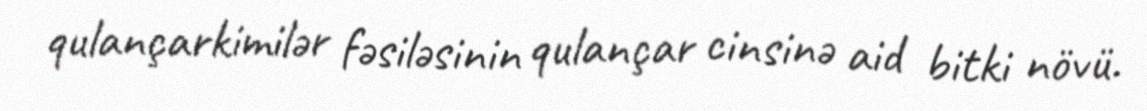
qulançarkimilər fəsiləsinin qulançar cinsinə aid bitki növü.